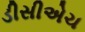
ડીસીએચ